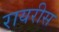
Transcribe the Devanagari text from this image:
रायरीस